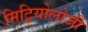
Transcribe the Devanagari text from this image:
मिट्रियोलोजी